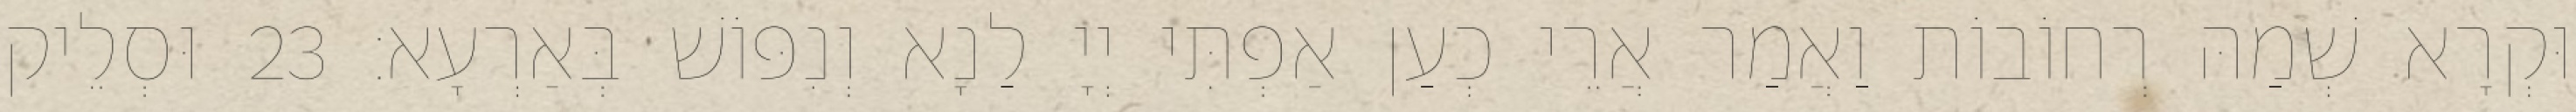
וּקְרָא שְׁמַהּ רְחוֹבוֹת וַאֲמַר אֲרֵי כְעַן אַפְתִּי יְיָ לַנָא וְנִפּוֹשׁ בְּאַרְעָא׃ 23 וּסְלֵיק